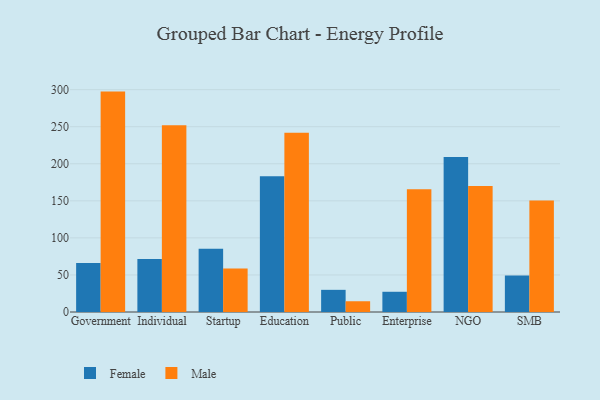
{"axis": {"x": "Segment", "y": "Headcount"}, "legend": ["Female", "Male"], "data": [{"x": "Government", "y": 66.0, "type": "Female"}, {"x": "Government", "y": 297.4, "type": "Male"}, {"x": "Individual", "y": 71.5, "type": "Female"}, {"x": "Individual", "y": 252.0, "type": "Male"}, {"x": "Startup", "y": 85.2, "type": "Female"}, {"x": "Startup", "y": 58.8, "type": "Male"}, {"x": "Education", "y": 183.2, "type": "Female"}, {"x": "Education", "y": 242.0, "type": "Male"}, {"x": "Public", "y": 29.9, "type": "Female"}, {"x": "Public", "y": 14.5, "type": "Male"}, {"x": "Enterprise", "y": 27.3, "type": "Female"}, {"x": "Enterprise", "y": 165.5, "type": "Male"}, {"x": "NGO", "y": 209.1, "type": "Female"}, {"x": "NGO", "y": 170.1, "type": "Male"}, {"x": "SMB", "y": 49.1, "type": "Female"}, {"x": "SMB", "y": 150.6, "type": "Male"}]}